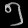
Digit: ၅